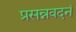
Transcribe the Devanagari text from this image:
प्रसन्नवदनं